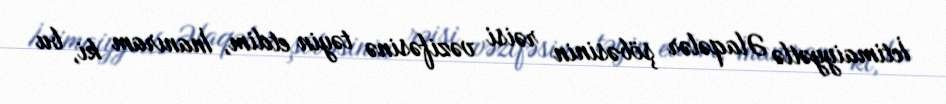
İctimaiyyətlə Əlaqələr şöbəsinin rəisi vəzifəsinə təyin etdim, İnanıram ki, bu